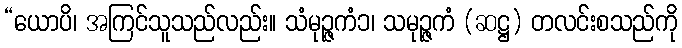
“ယောပိ၊ အကြင်သူသည်လည်း။ သံမုဉ္ဇကံ၁၊ သမုဉ္ဇကံ (ဆဋ္ဌ) တလင်းစသည်ကို